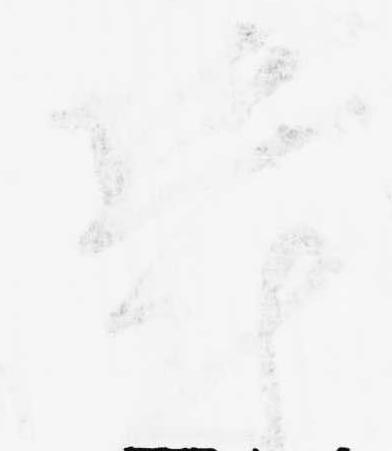
鬱